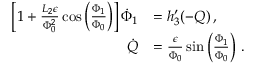
\begin{array} { r l } { \left[ 1 + \frac { L _ { 2 } \epsilon } { \Phi _ { 0 } ^ { 2 } } \cos \left( \frac { \Phi _ { 1 } } { \Phi _ { 0 } } \right) \right] \dot { \Phi } _ { 1 } } & { = h _ { 3 } ^ { \prime } ( - Q ) \, , } \\ { \dot { Q } } & { = \frac { \epsilon } { \Phi _ { 0 } } \sin \left( \frac { \Phi _ { 1 } } { \Phi _ { 0 } } \right) \, . } \end{array}